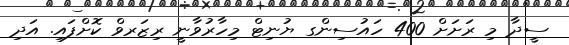
ސީދާ މި ރަށަށް 400 ހައުސިންގ ޔުނިޓް މިހާރުވާނީ ރިޒަރވް ކޮށްފައި. އަދި